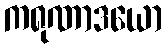
ကရုဏာဒယော